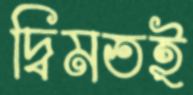
দ্বিমতই